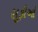
સૂફીઓ